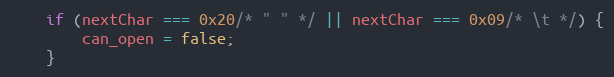
Language: JavaScript
	if (nextChar === 0x20/* " " */ || nextChar === 0x09/* \t */) {
		can_open = false;
	}